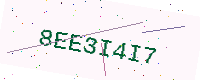
Text: 8EE3I4I7